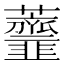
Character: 𧅴